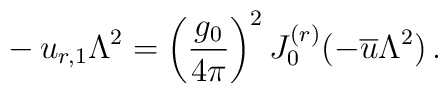
- \, u_{r,1} \Lambda^{2} = \left( \frac{g_{0}}{4 \pi} \right)^{2}J_{0}^{(r)} (- {\overline{u}} \Lambda^{2}) \, .